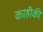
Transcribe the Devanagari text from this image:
काहीकी